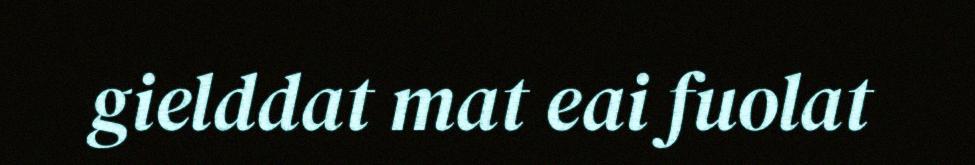
gielddat mat eai fuolat